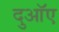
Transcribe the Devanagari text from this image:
दुआॅए